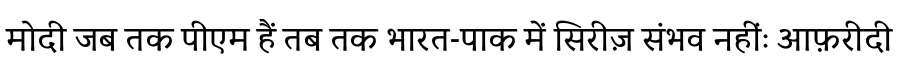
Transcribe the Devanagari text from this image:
मोदी जब तक पीएम हैं तब तक भारत-पाक में सिरीज़ संभव नहींः आफ़रीदी